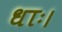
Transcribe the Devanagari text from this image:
धाः।